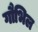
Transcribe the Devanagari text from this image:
गौभिल